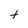
Character: f